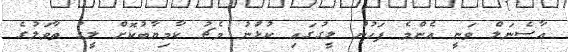
އާސެނަލް ވަނީ އެންމެ ފަހުން ލީގުގައި ކުޅުނު މެޗު ކާމިޔާބުކޮށް ލީގު ތާވަލުގެ